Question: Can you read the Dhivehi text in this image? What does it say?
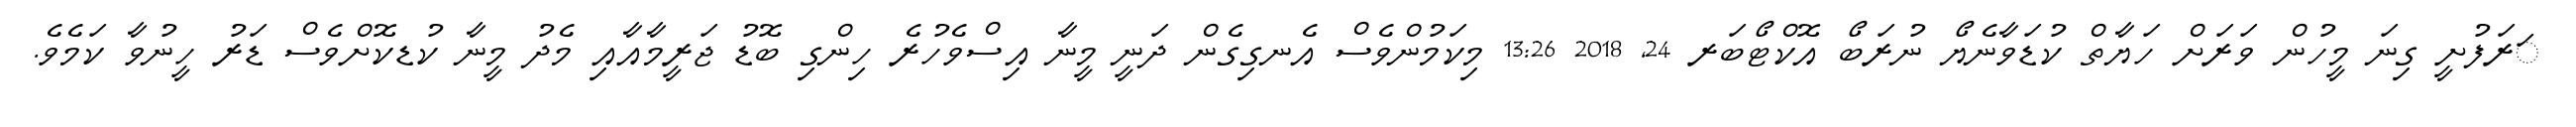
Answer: ަރަފުށީ ގިނަ މީހުން ވަރަށް ހަޔާތް ކުޑަވާނެޔޯ ނުރަބޯ އޮކްޓޯބަރ 24, 2018 13:26 މިކަމުންވެސް އެނގިގެން ދަނީ މީނާ އިސްވެހުރެ ހިންގި ބޮޑު ޖަރީމާއާއި މެދު މީނާ ކުޑކޮށްވެސް ޑަރު ހީނުވާ ކަމެވެ.